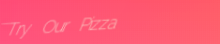
Try Our Pizza